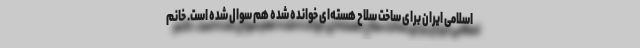
اسلامی ایران برای ساخت سلاح هسته‌ای خوانده شده هم سوال شده است. خانم